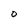
Character: O